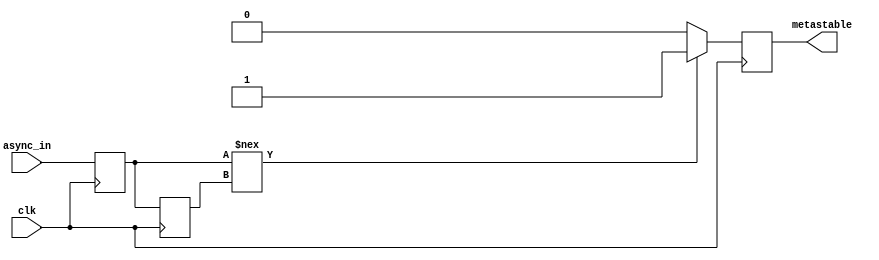
module metastability_detector (
    input wire clk,          // Clock signal
    input wire async_in,     // Asynchronous input signal
    output reg metastable    // Metastability output signal
);
    
    reg sampled_1;           // Output of the first flip-flop
    reg sampled_2;           // Output of the second flip-flop

    // Asynchronous reset signal (optional)
    initial begin
        sampled_1 = 1'b0;
        sampled_2 = 1'b0;
        metastable = 1'b0;
    end

    // First flip-flop: Sample the asynchronous input
    always @(posedge clk) begin
        sampled_1 <= async_in;
    end

    // Second flip-flop: Sample the output of the first flip-flop
    always @(posedge clk) begin
        sampled_2 <= sampled_1;
    end

    // Metastability detection logic
    always @(posedge clk) begin
        if (sampled_1 !== sampled_2) begin
            // If the outputs of the flip-flops are different, metastability is detected
            metastable <= 1'b1; // Indicate metastability detected
        end else begin
            metastable <= 1'b0; // No metastability detected
        end
    end

endmodule